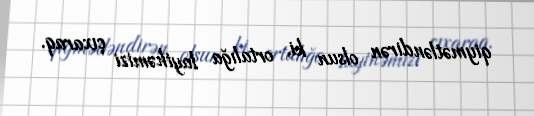
qiymətləndirən olsun ki, ortalığa layihəmizi çıxaraq.